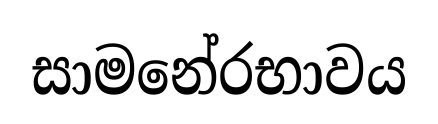
සාමනේරභාවය